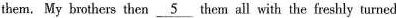
them. My brothers then \underline{5} them all with the freshly turned